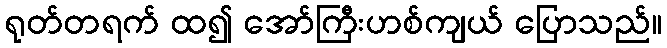
ရုတ်တရက် ထ၍ အော်ကြီးဟစ်ကျယ် ပြောသည်။